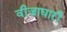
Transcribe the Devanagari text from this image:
वीज़ाधारी